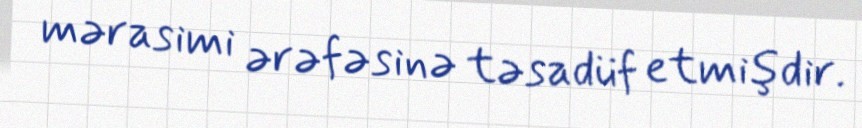
mərasimi ərəfəsinə təsadüf etmişdir.